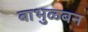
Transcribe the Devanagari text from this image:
बाभुळबन